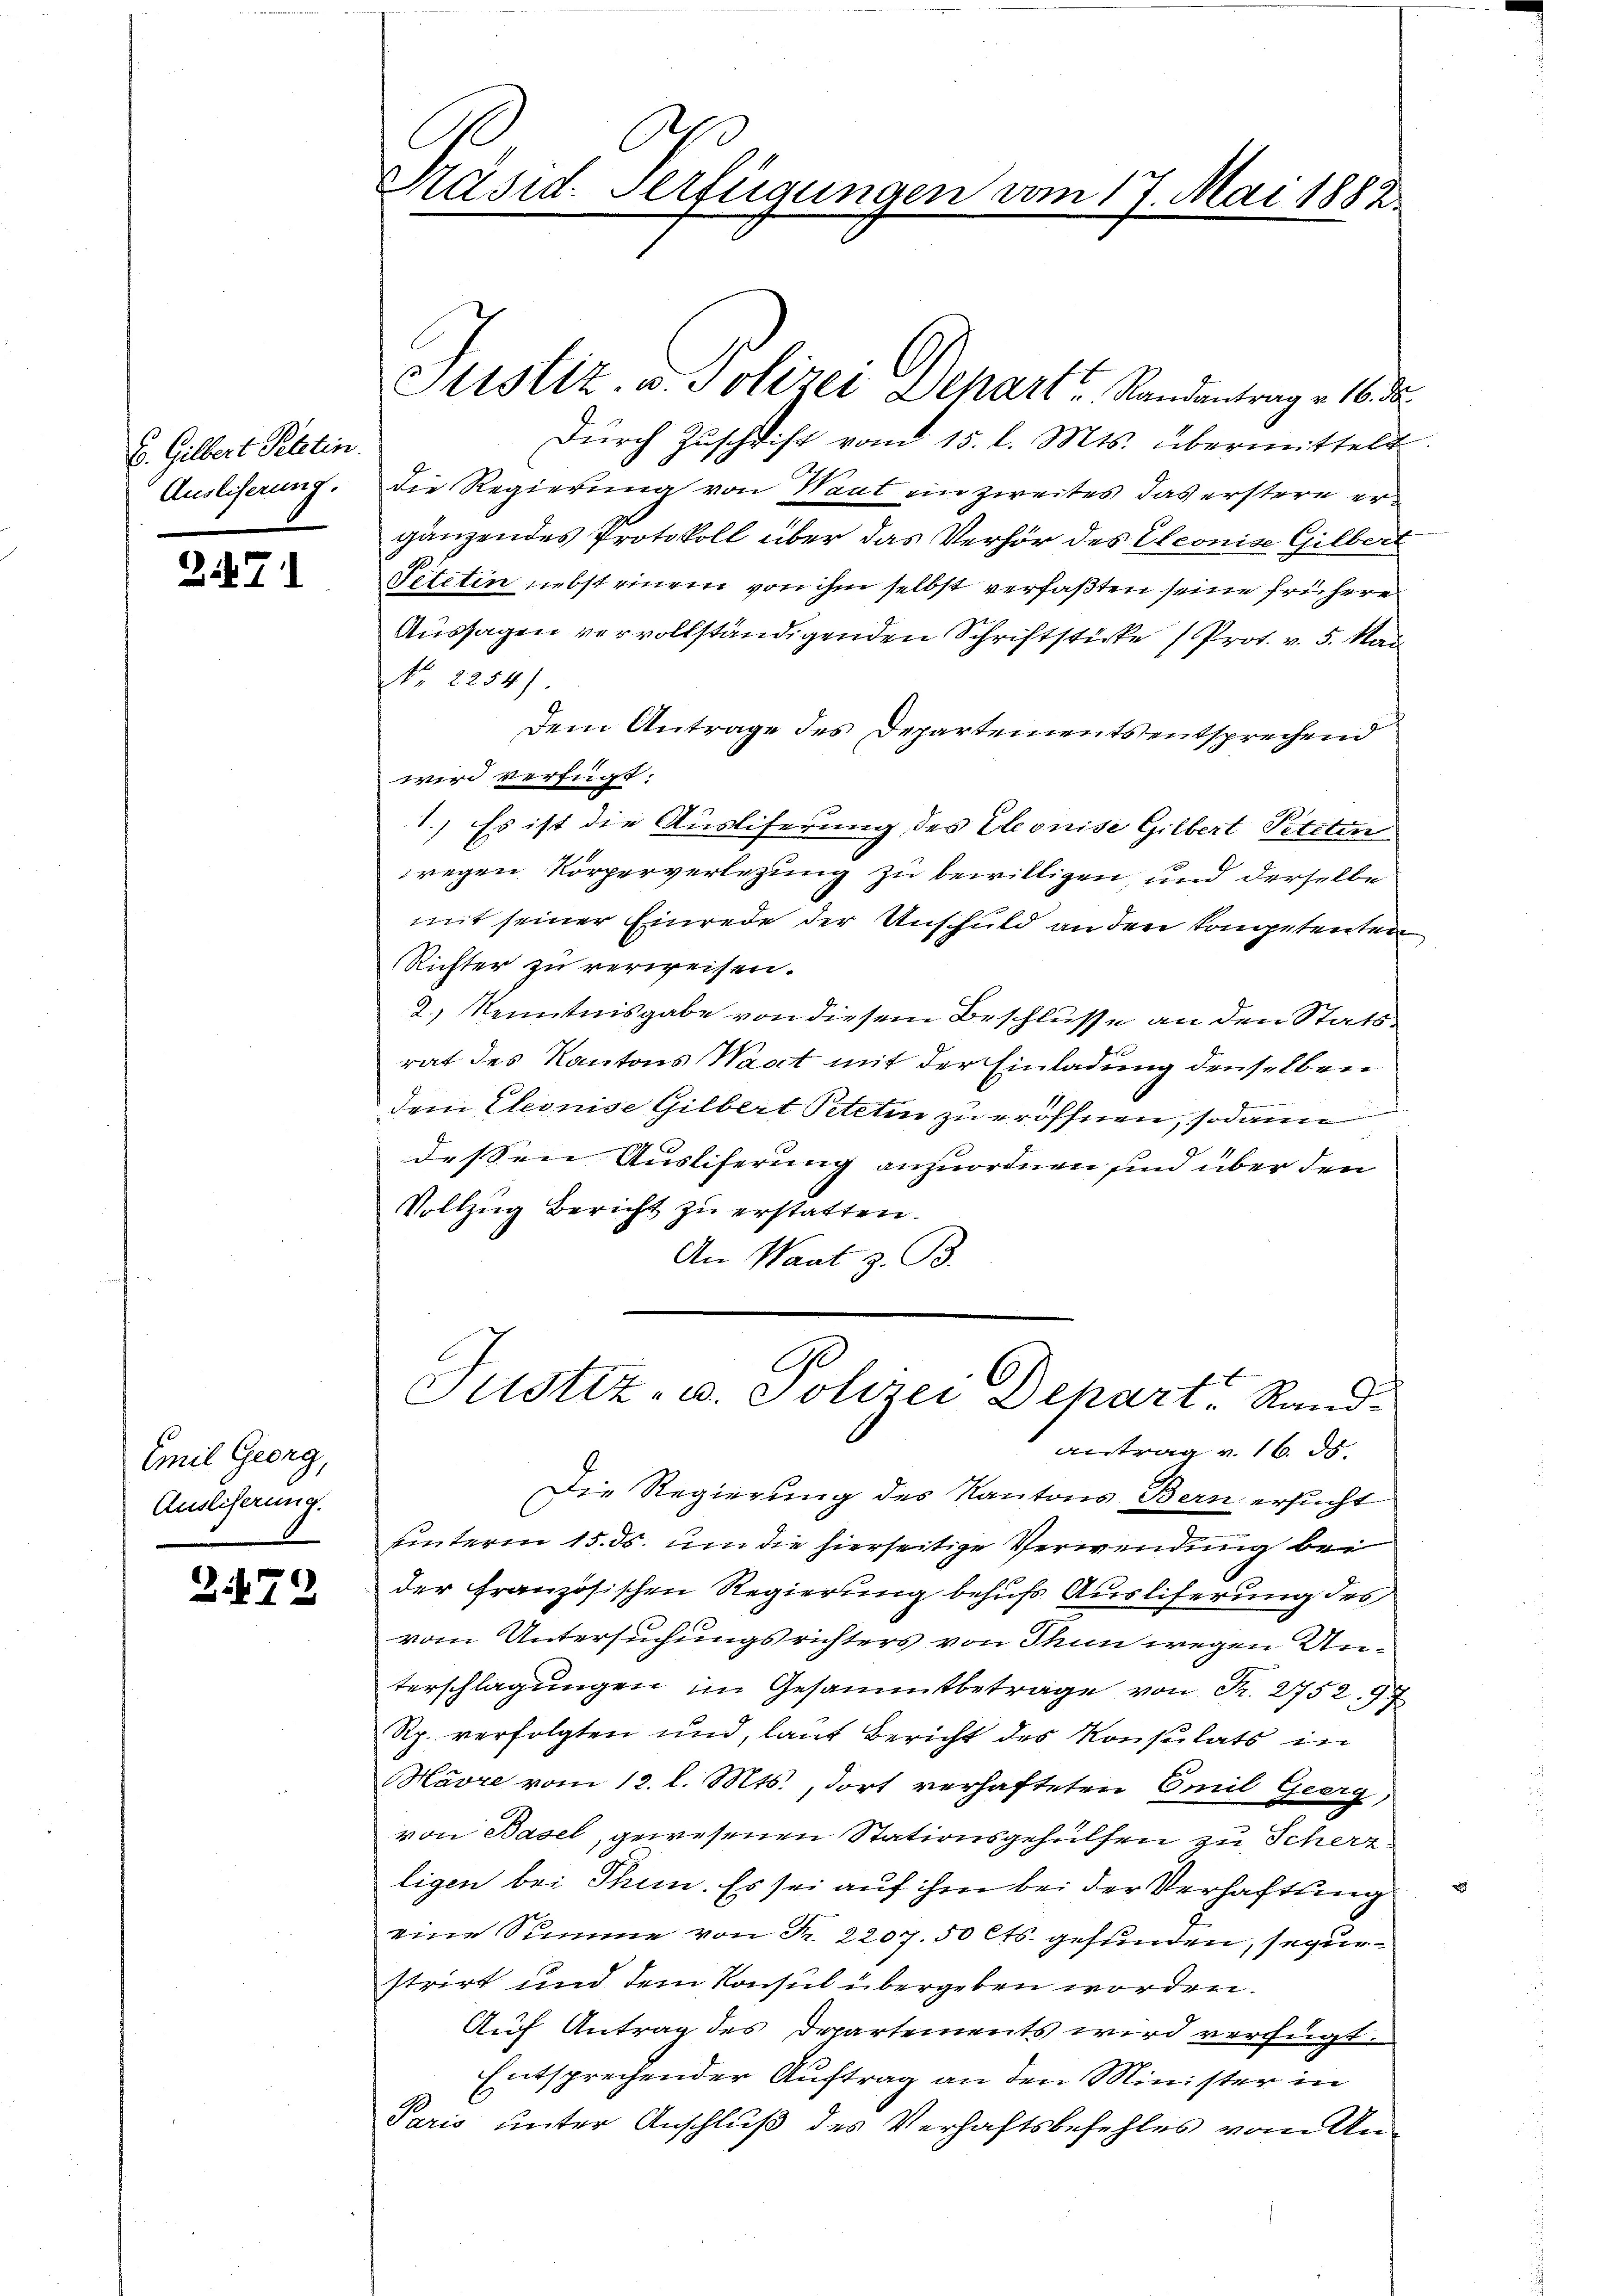
C. Gilbert Petzten.
Ausliserung.

2. 17

Emil Georg,
Auslieferung.

2472

Präsid. Verfügungen vom 17. Mai 1882

Durch Zuschrift vom 15. d. Mts. übermittelt
die Regierung von Haut ein zweites das erstern ergänzendes Protokoll über das Verhör des Eleonise Gilber
Petitin nebst einem von ihm selbst verfaßten seine frühere
Aussagen vervollständigenden Schriftsticke (Prot. v. 5. Mai
No. 2254).
Dem Antrage des Departements entsprechend
wird verfügt:
1.) Es ist die Ausliferung des Eleonise Gilbert Petzten
wegen Körperverlegung zu bewilligen, und derselbe
mit seiner Einrede der Unschuld an den Kompetenten
Richter zu verweisen.
2.) Kenntnisgabe von diesem Beschlüsse an den Statsrat des Kantons Waadt mit der Einladung denselben
dem Eleonise Gilbert Petitin zu eröffnen, sodann
dessen Ausliferung anzuordnen sind über den
Vollzug Bericht zu erstatten.
An Waat z. B.
Justiz- u. Polizei Depart, Rand-
antrag u. 16. ds.
Die Regierung des Kantons Bern ersucht
uunterm 15. ds. um die hierseitige Verwendung bei
der Französischen Regierung behufs Ausliferung des
vom Untersuchungsrichters von Thun wegen Unterschlagungen im Gesammtbetrage von Fr. 2752. 97
Rp. verfolgten und, laut Bericht des Konsulats in
Havre vom 12. l. Mts., dort verhafteten Emil Geerg
von Basel, gewesenen Stationsgehülfen zu Scherz
ligen bei Thun. Es sei auf ihm bei der Verhaftung
eine Summe von Fr. 2207. 50 Cts. gefunden, segurstrirt und dem Konsul übergeben worden.
Auf Antrag des Departements wird verfügt.
Entsprechender Auftrag an den Minister in
Paris unter Anschluß des Verhaftsbefehles vom Un¬

Sistiz- u. Polizei Schart Randantrag v. 16. ds.